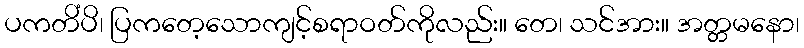
ပကတိံပိ၊ ပြကတေ့သောကျင့်စရာဝတ်ကိုလည်း။ တေ၊ သင်အား။ အတ္တမနော၊